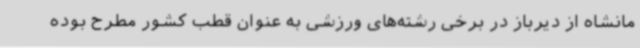
مانشاه از دیرباز در برخی رشته‌های ورزشی به عنوان قطب کشور مطرح بوده